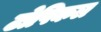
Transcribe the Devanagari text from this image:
टोपिकल